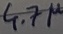
Text: 4.7µ